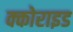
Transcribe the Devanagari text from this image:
क्कोराइड